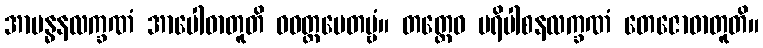
အာဗန္ဓနလက္ခဏံ အာပေါဓာတူတိ ဝဝတ္ထပေတဗ္ဗံ။ တတ္ထေဝ ပရိပါစနလက္ခဏံ တေဇောဓာတူတိ။